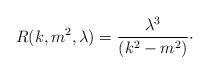
LaTeX: \begin{align*}R(k,m^{2},\lambda )=\frac{\lambda ^{3}}{(k^{2}-m^{2})}\cdot\end{align*}